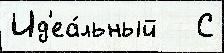
Ид'еа́льный   С